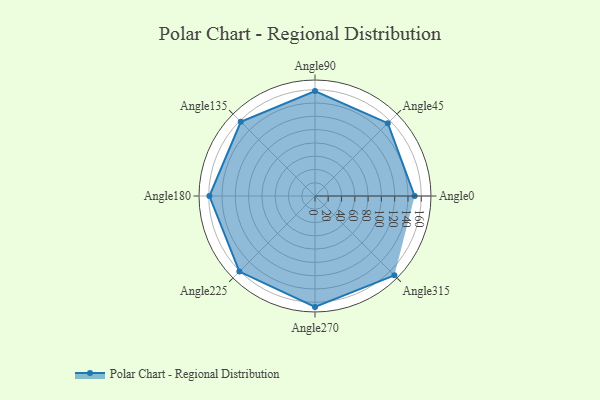
{"axis": {"x": "Angle", "y": "Radius"}, "legend": [""], "data": [{"x": "Angle0", "y": 150.0, "type": ""}, {"x": "Angle45", "y": 155.0, "type": ""}, {"x": "Angle90", "y": 158.0, "type": ""}, {"x": "Angle135", "y": 158.0, "type": ""}, {"x": "Angle180", "y": 159.0, "type": ""}, {"x": "Angle225", "y": 161.0, "type": ""}, {"x": "Angle270", "y": 167.0, "type": ""}, {"x": "Angle315", "y": 169.0, "type": ""}]}